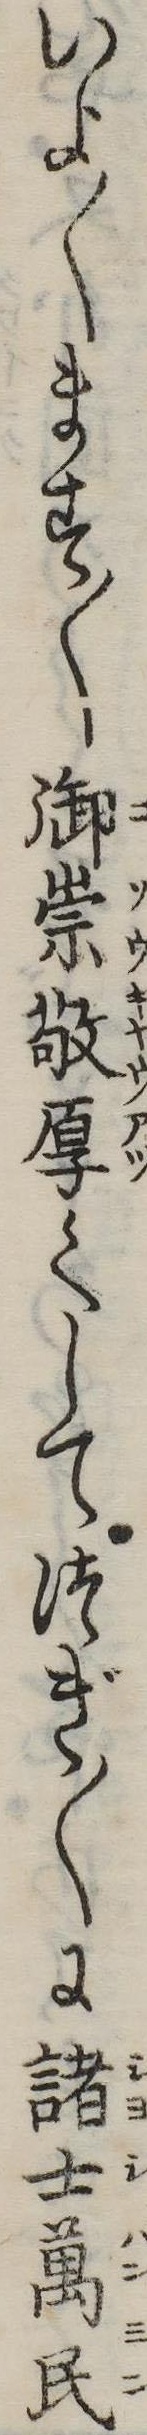
いよ〱ます〱御崇敬厚くしてつぎ〱に諸士万民